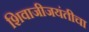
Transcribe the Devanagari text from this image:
शिवाजीजयंतीचा